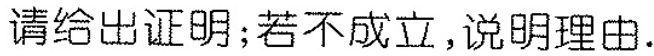
请给出证明；若不成立，说明理由.